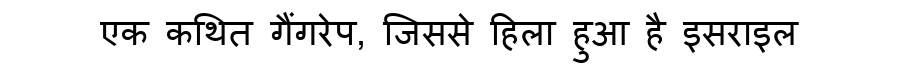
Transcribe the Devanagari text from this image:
एक कथित गैंगरेप, जिससे हिला हुआ है इसराइल